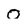
Character: 0